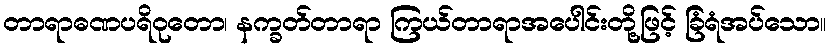
တာရာဓဏပရိဝုတော၊ နက္ခတ်တာရာ ကြယ်တာရာအပေါင်းတို့ဖြင့် ခြံရံအပ်သော။